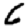
Digit: 6